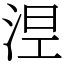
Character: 𣵀